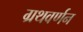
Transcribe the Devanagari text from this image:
ग्रथवर्णन